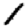
Digit: 1